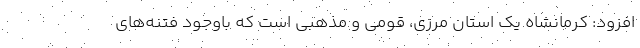
افزود: کرمانشاه یک استان مرزی، قومی و مذهبی است که باوجود فتنه‌های